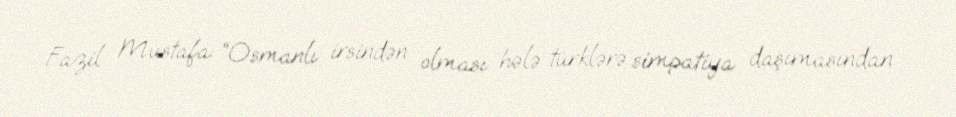
Fazil Mustafa: “Osmanlı irsindən olması hələ türklərə simpatiya daşımasından